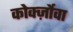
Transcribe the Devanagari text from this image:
कोर्क्ज़ोवा